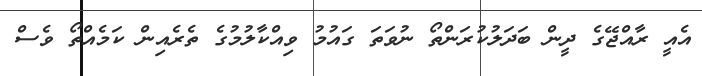
އެއީ ރާއްޖޭގެ ދީން ބަދަލުކުރަންތޯ ނުވަތަ ގައުމު ވިއްކާލުމުގެ ތެރެއިން ކަމެއްތޯ ވެސް